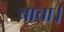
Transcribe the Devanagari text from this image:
चाचा।